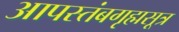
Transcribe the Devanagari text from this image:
आपस्तंबगृह्मसूत्र